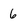
Character: 6